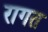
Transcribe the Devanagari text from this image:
रागत